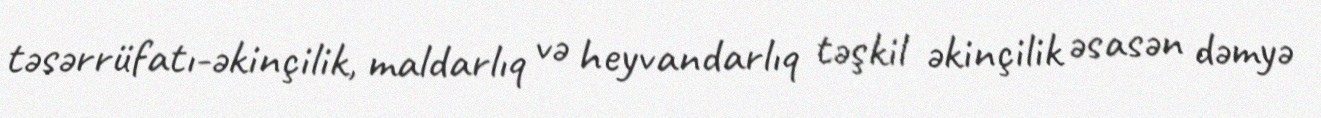
təsərrüfatı-əkinçilik, maldarlıq və heyvandarlıq təşkil əkinçilik əsasən dəmyə